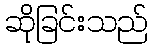
ဆိုခြင်းသည်